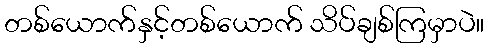
တစ်ယောက်နှင့်တစ်ယောက် သိပ်ချစ်ကြမှာပဲ။